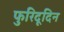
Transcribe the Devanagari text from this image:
फुरिदूदिन